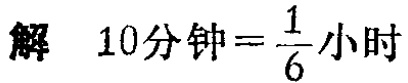
解 \(10\text{分钟}=\frac{1}{6}\text{小时}\)